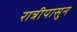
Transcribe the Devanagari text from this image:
रात्रीपासुन